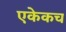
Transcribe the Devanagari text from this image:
एकेकच